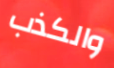
والكذب